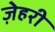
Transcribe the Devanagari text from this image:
ज़ेहरी